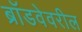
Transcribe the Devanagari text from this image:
ब्रॉडवेवरील